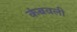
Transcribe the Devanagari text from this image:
कंबवली